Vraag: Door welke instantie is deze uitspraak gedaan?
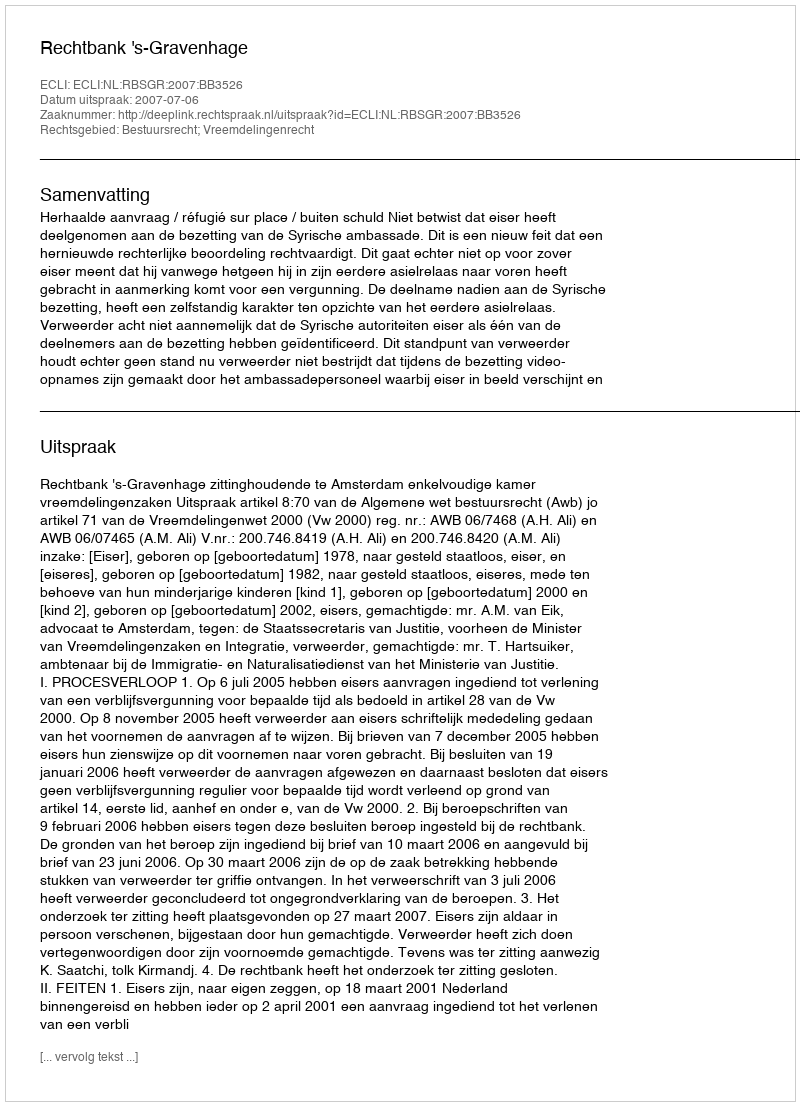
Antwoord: Rechtbank 's-Gravenhage